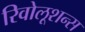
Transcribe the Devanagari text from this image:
रिवोलूशन्स